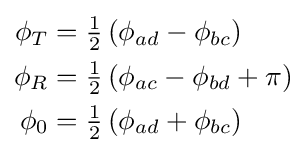
{\begin{aligned}\phi _{T}&={\tfrac {1}{2}}\left(\phi _{ad}-\phi _{bc}\right)\\\phi _{R}&={\tfrac {1}{2}}\left(\phi _{ac}-\phi _{bd}+\pi \right)\\\phi _{0}&={\tfrac {1}{2}}\left(\phi _{ad}+\phi _{bc}\right)\end{aligned}}